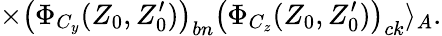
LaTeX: \times\left(\Phi_{C_{y}}(Z_{0},Z_{0}^{\prime})\right)_{bn}\left(\Phi_{C_{z}}(Z_{0},Z_{0}^{\prime})\right)_{ck}\rangle_{A}.